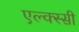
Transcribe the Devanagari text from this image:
एल्क्स्सी